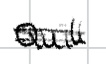
Text: Quill
Cross-out: double-line
Writing tool: digital_black